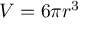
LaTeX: V = 6 \pi r ^ { 3 }